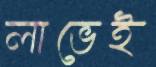
লাভেই